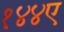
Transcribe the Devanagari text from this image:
१४४ए